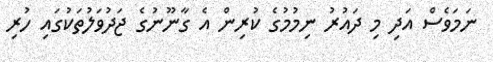
ނަމަވެސް އަދި މި ދައުރު ނިމުމުގެ ކުރިން އެ ގާނޫނުގެ ޖަދުވަލުތަކުގައި ހުރި